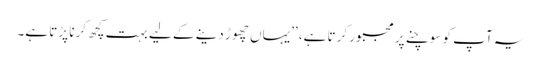
یہ آپ کو سوچنے پر مجبور کرتا ہے، ’’یہاں چھوڑ دینے کے لیے بہت کچھ کرنا پڑتا ہے۔